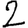
Digit: 2